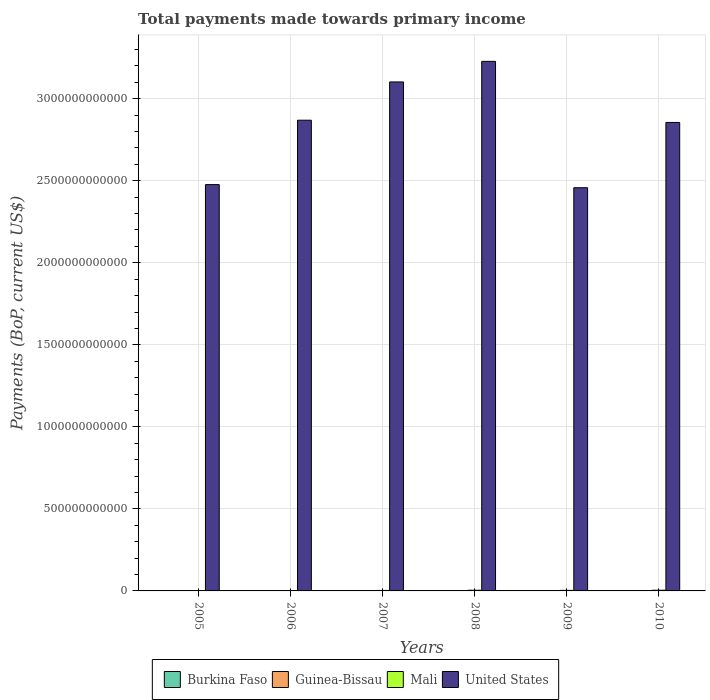
| Years | Burkina Faso | Guinea-Bissau | Mali | United States |
 | --- | --- | --- | --- | --- |
 | 2005 | 1.45e+09 | 1.57e+08 | 2.11e+09 | 2.48e+12 |
 | 2006 | 1.51e+09 | 1.76e+08 | 2.48e+09 | 2.87e+12 |
 | 2007 | 1.77e+09 | 2.46e+08 | 2.99e+09 | 3.1e+12 |
 | 2008 | 2.44e+09 | 2.99e+08 | 4.17e+09 | 3.23e+12 |
 | 2009 | 2.03e+09 | 3.09e+08 | 3.35e+09 | 2.46e+12 |
 | 2010 | 2.65e+09 | 3.15e+08 | 4.24e+09 | 2.86e+12 |